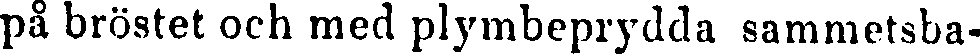
på bröstet och med plymbeprydda sammetsba-